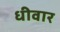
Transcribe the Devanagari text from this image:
धीवार